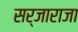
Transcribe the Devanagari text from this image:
सर्जाराजा